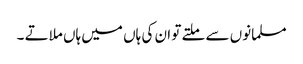
مسلمانوں سے ملتے تو ان کی ہاں میں ہاں ملاتے ۔